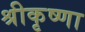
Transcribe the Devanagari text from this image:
श्रीकृष्णा